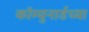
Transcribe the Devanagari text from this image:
कॉम्युनार्डच्या